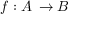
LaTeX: f : A \, \rightarrow B